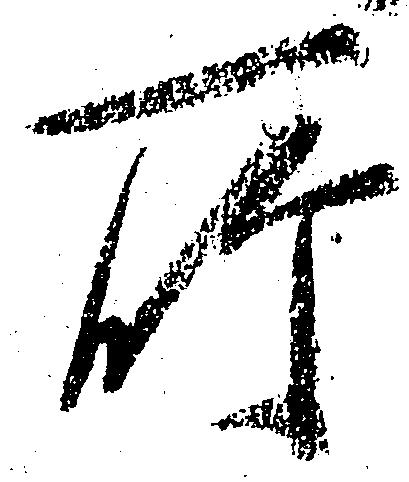
所